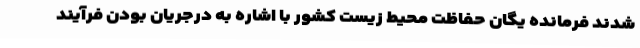
شدند فرمانده یگان حفاظت محیط زیست کشور با اشاره به درجریان بودن فرآیند